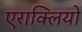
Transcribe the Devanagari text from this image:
एराक्लियो